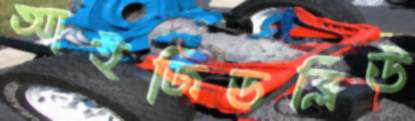
আইজিডব্লিউ